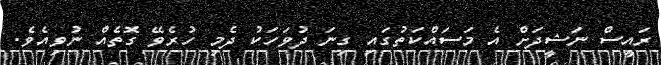
ރައީސް ނަޝީދަށް އެ މަސައްކަތުގައި ގިނަ ދުވަހަކު ދެމި ހުރެވޭ ގޮތެއް ނުވިއެވެ.